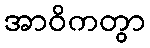
အာဝိကတွာ